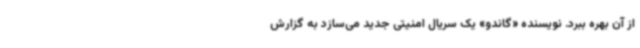
از آن بهره ببرد. نویسنده «گاندو» یک سریال امنیتی جدید می‌سازد به گزارش